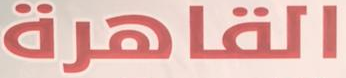
القاهرة